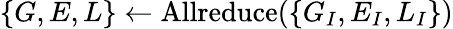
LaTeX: \{ G,E,L\} \leftarrow\mathrm{Allreduce}(\{ G_{I},E_{I},L_{I}\} )